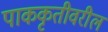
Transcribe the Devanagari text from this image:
पाककृतीवरील